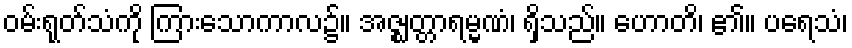
ဝမ်းရုတ်သံကို ကြားသောကာလ၌။ အဇ္ဈတ္တာရမ္မဏံ၊ ရှိသည်။ ဟောတိ၊ ၏။ ပရေသံ၊